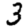
Digit: 3